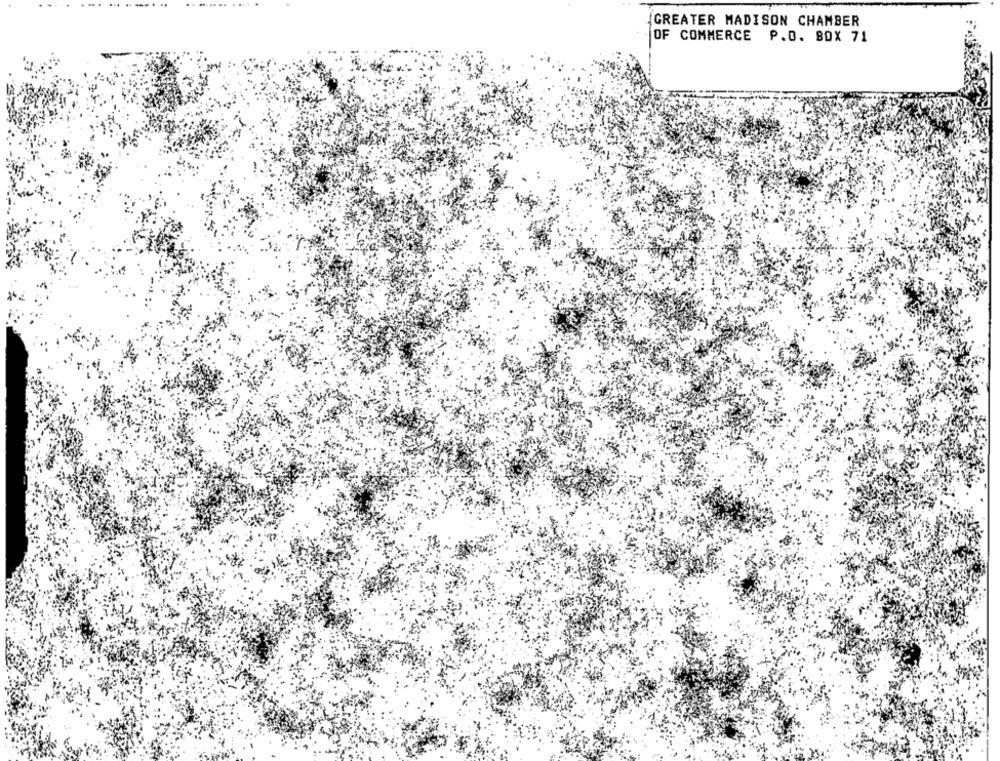
GREATER MADISON CHAMBER
OF COMMERCE P.O. BOX 71